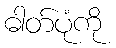
ဓါတ်ပုံကို